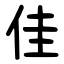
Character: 佳